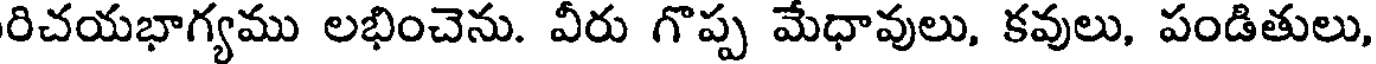
రిచయభాగ్యము లభించెను. వీరు గొప్ప మేధావులు, కవులు, పండితులు,